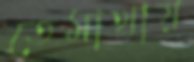
তেমাথায়